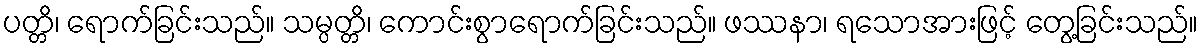
ပတ္တိ၊ ရောက်ခြင်းသည်။ သမ္ပတ္တိ၊ ကောင်းစွာရောက်ခြင်းသည်။ ဖဿနာ၊ ရသောအားဖြင့် တွေ့ခြင်းသည်။